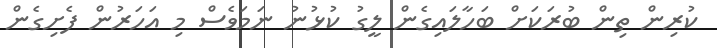
ކުރިން ތިން ބުރަކަށް ބަހާލައިގެން ލީގު ކުޅުނު ނަމަވެސް މި އަހަރުން ފެށިގެން